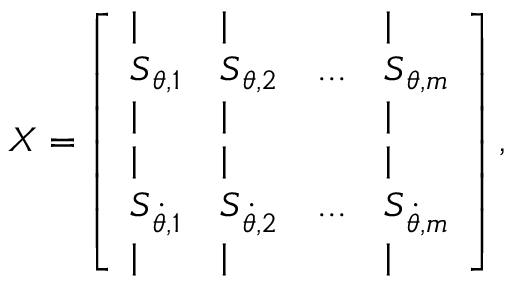
\boldsymbol { X } = \left[ \begin{array} { l l l l } { | } & { | } & { } & { | } \\ { \boldsymbol { S } _ { \boldsymbol { \theta } , 1 } } & { \boldsymbol { S } _ { \boldsymbol { \theta } , 2 } } & { . . . } & { \boldsymbol { S } _ { \boldsymbol { \theta } , m } } \\ { | } & { | } & { } & { | } \\ { | } & { | } & { } & { | } \\ { \boldsymbol { S } _ { \boldsymbol { \dot { \theta } } , 1 } } & { \boldsymbol { S } _ { \boldsymbol { \dot { \theta } } , 2 } } & { . . . } & { \boldsymbol { S } _ { \boldsymbol { \dot { \theta } } , m } } \\ { | } & { | } & { } & { | } \end{array} \right] ,